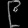
Digit: ၉